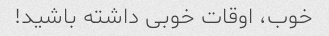
خوب، اوقات خوبی داشته باشید!